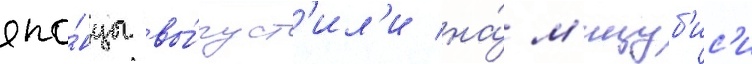
япо́нцы вы́пуст'ил'и на́ м'ицуб'ис'и